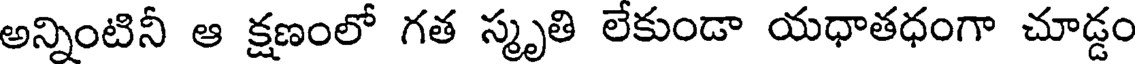
అన్నింటినీ ఆ క్షణంలో గత స్మృతి లేకుండా యధాతధంగా చూడ్డం